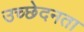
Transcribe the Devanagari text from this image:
उच्छेदनता